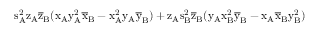
\mathrm { s _ { A } ^ { 2 } \mathrm { z _ { A } \mathrm { \overline { { z } } _ { B } ( \mathrm { x _ { A } \mathrm { y _ { A } ^ { 2 } \mathrm { \overline { { x } } _ { B } - \mathrm { x _ { A } ^ { 2 } \mathrm { y _ { A } \mathrm { \overline { { y } } _ { B } ) + \mathrm { z _ { A } \mathrm { s _ { B } ^ { 2 } \mathrm { \overline { { z } } _ { B } ( \mathrm { y _ { A } \mathrm { x _ { B } ^ { 2 } \mathrm { \overline { { y } } _ { B } - \mathrm { x _ { A } \mathrm { \overline { { x } } _ { B } \mathrm { y _ { B } ^ { 2 } ) } } } } } } } } } } } } } } } } } }